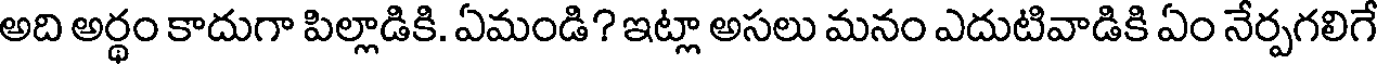
అది అర్థం కాదుగా పిల్లాడికి. ఏమండి? ఇట్లా అసలు మనం ఎదుటివాడికి ఏం నేర్పగలిగే